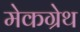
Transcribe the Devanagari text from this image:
मेकग्रेथ